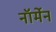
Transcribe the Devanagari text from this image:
नॉर्मेन